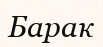
Барак